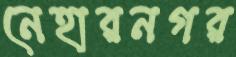
নেহারনগর